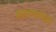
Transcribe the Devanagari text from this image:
स्वास्थापेक्षा